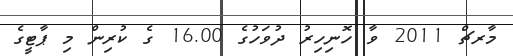
މާރޗް 2011 ވާ ހޮނިހިރު ދުވަހުގެ 16.00 ގެ ކުރިން މި ޕާޓީގެ